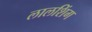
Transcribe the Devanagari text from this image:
लालशिंग